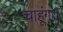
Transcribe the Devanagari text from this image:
चाहूंगा।